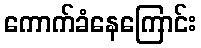
ကောက်ခံနေကြောင်း